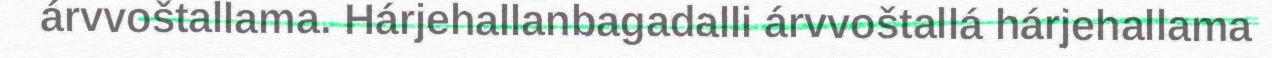
árvvoštallama. Hárjehallanbagadalli árvvoštallá hárjehallama